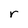
Character: r